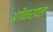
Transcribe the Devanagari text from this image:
अंगीकारायला